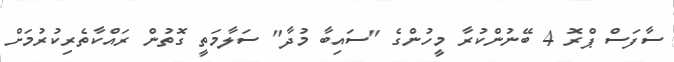
ސާފަސް ޕްރޮ 4 ބޭނުންކުރާ މީހުންގެ "ސައިބާ މުދާ" ސަލާމަތީ ގޮތުން ރައްކާތެރިކުރުމަށް